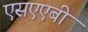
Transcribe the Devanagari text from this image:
एसएएबी